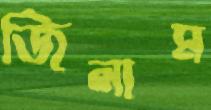
জিলাম